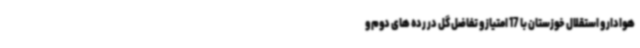
هوادار و استقلال خوزستان با 17 امتیاز و تفاضل گل در رده های دوم و